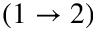
( 1 \rightarrow 2 )